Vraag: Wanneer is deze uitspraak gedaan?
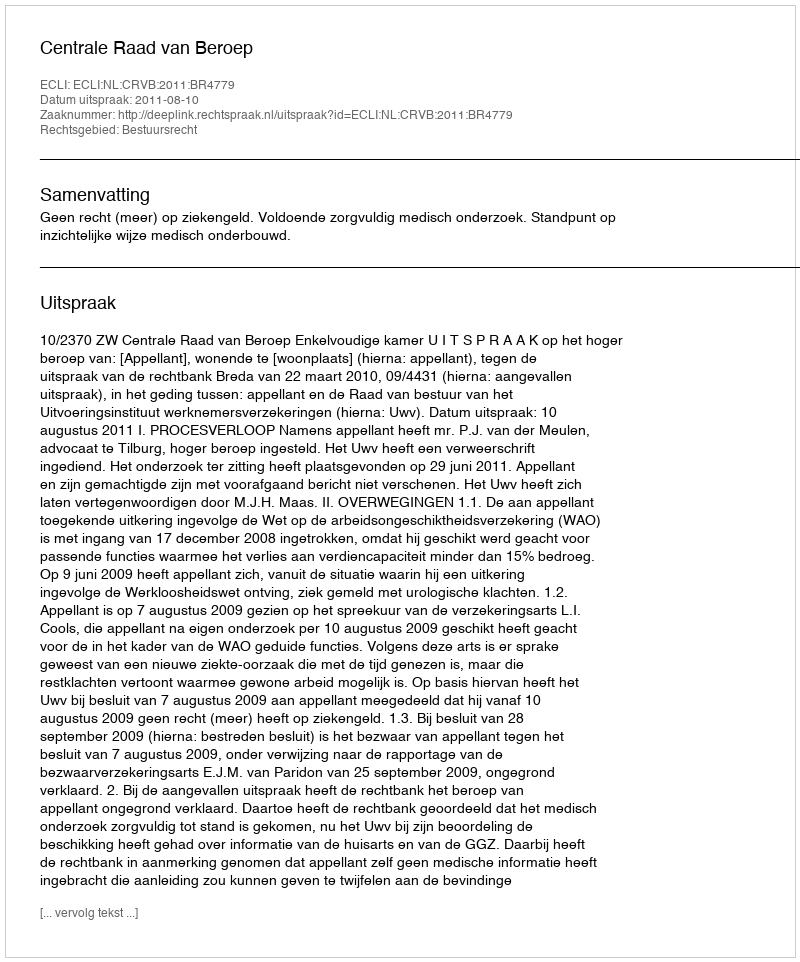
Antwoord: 2011-08-10